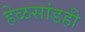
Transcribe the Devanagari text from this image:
हेळसांडही